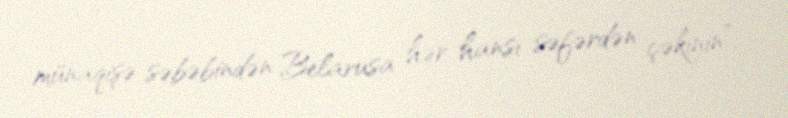
münaqişə səbəbindən Belarusa hər hansı səfərdən çəkinin”.